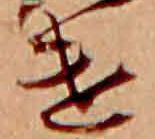
け